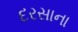
દરસાના